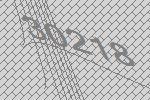
30218